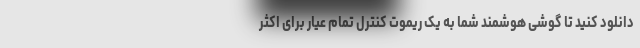
دانلود کنید تا گوشی هوشمند شما به یک ریموت کنترل تمام عیار برای اکثر